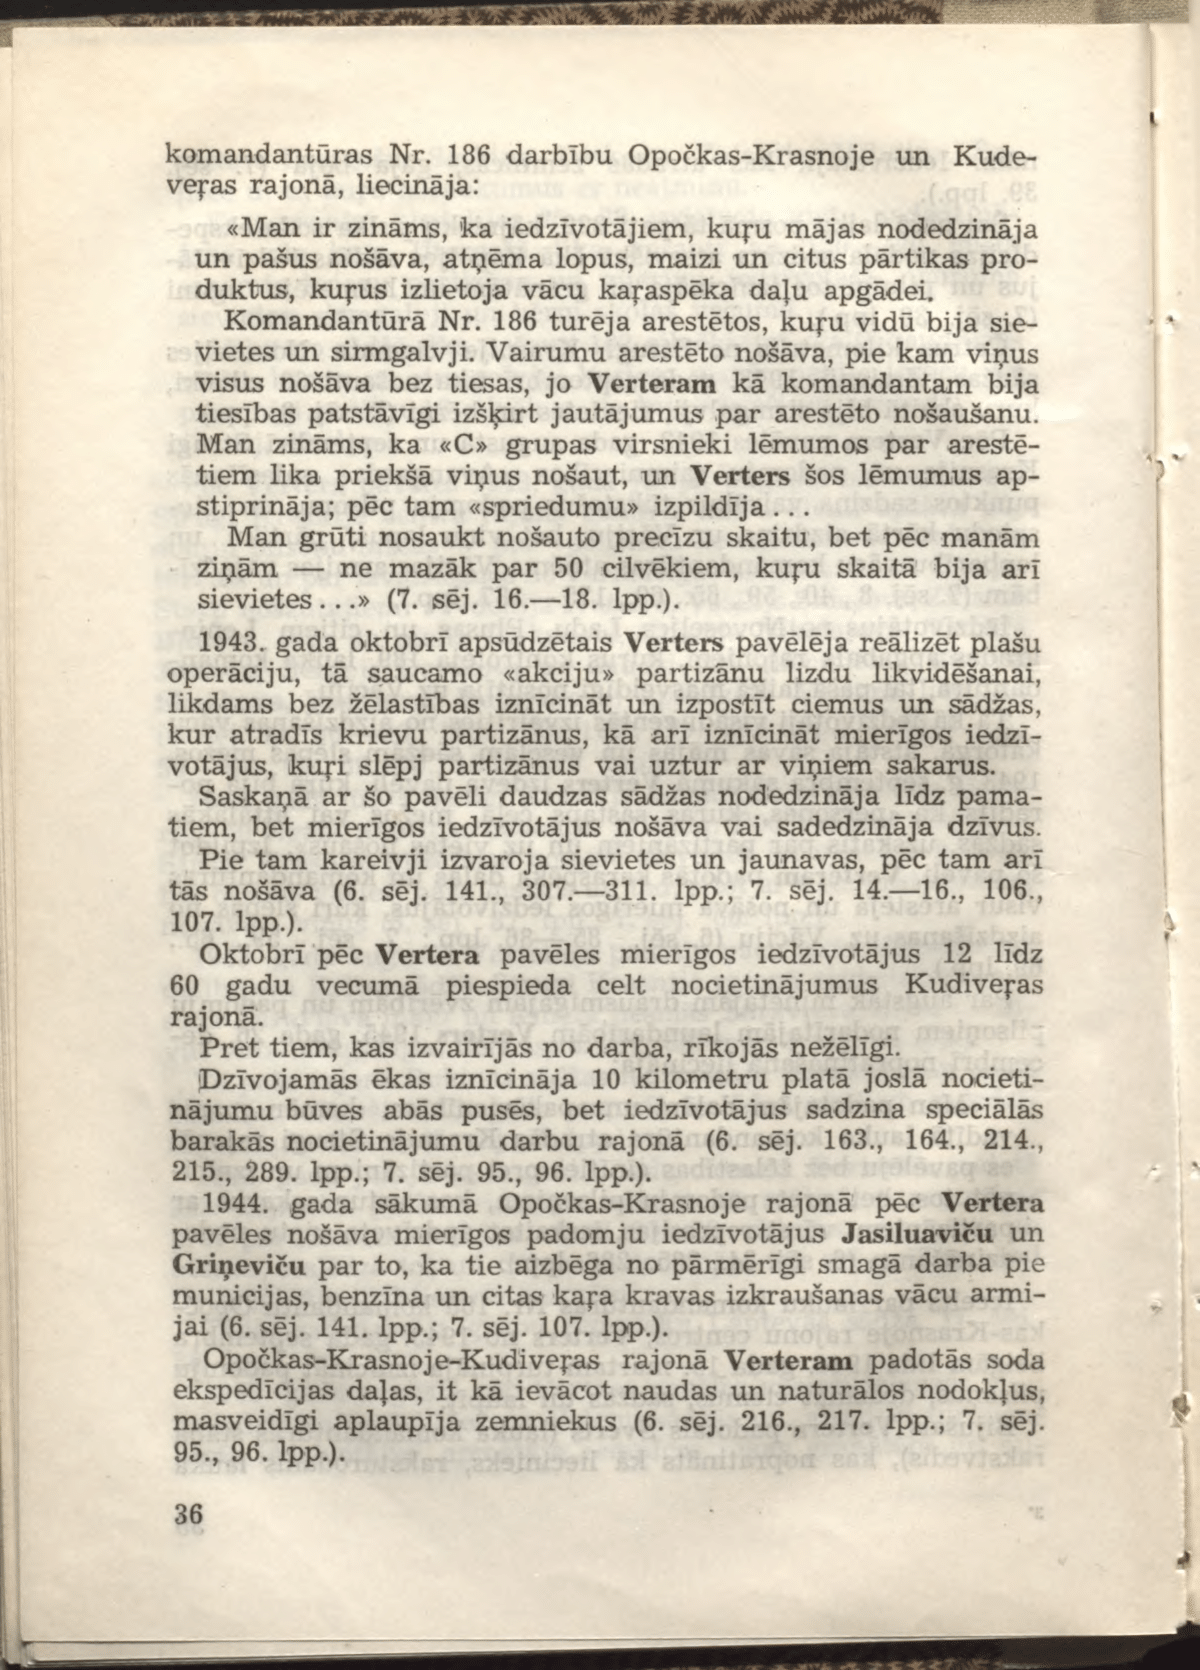
Language: lv